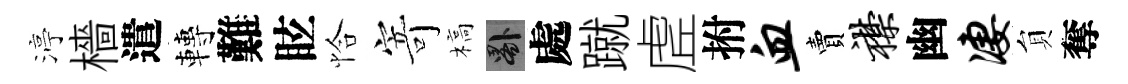
渟檣遣轉難眩恰寄槁晷處蹴虗拊血賣襟幽凄貟奪